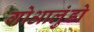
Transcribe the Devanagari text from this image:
गोआलुंडो